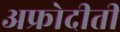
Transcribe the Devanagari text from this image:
अफ्रोदीती